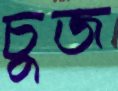
চুজ